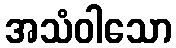
အသံဝါသော